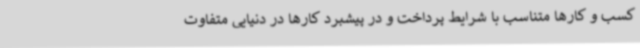
کسب و کارها متناسب با شرایط پرداخت و در پیشبرد کارها در دنیایی متفاوت